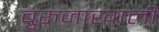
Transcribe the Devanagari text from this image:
बुरुजाखाली